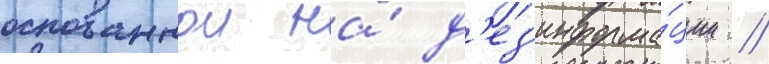
основаннои на́ д'ез'информа́ции //